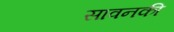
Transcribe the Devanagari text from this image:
सावनकी